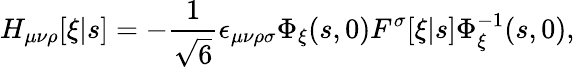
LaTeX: H_{\mu\nu\rho}[\xi|s]=-\frac{1}{\sqrt{6}}\epsilon_{\mu\nu\rho\sigma}\Phi_{\xi}(s,0)F^{\sigma}[\xi|s]\Phi_{\xi}^{-1}(s,0),